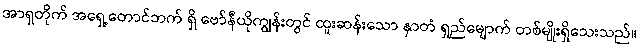
အာရှတိုက် အရှေ့တောင်ဘက် ရှိ ဗော်နီယိုကျွန်းတွင် ထူးဆန်းသော နှာတံ ရှည်မျောက် တစ်မျိုးရှိသေးသည်။